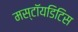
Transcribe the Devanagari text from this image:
मस्टॉयडिटिस